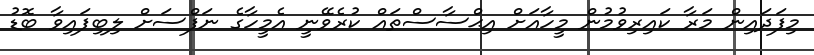
މިފަދައިން މަރާ ކައިރިވުމުން މީހާއަށް އިޙްސާސްތައް ކުރެވޭނީ އެމީހާގެ ނަފްސަށް ލިބިފައިވާ ބޮޑު